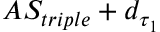
A S _ { t r i p l e } + d _ { \tau _ { 1 } }